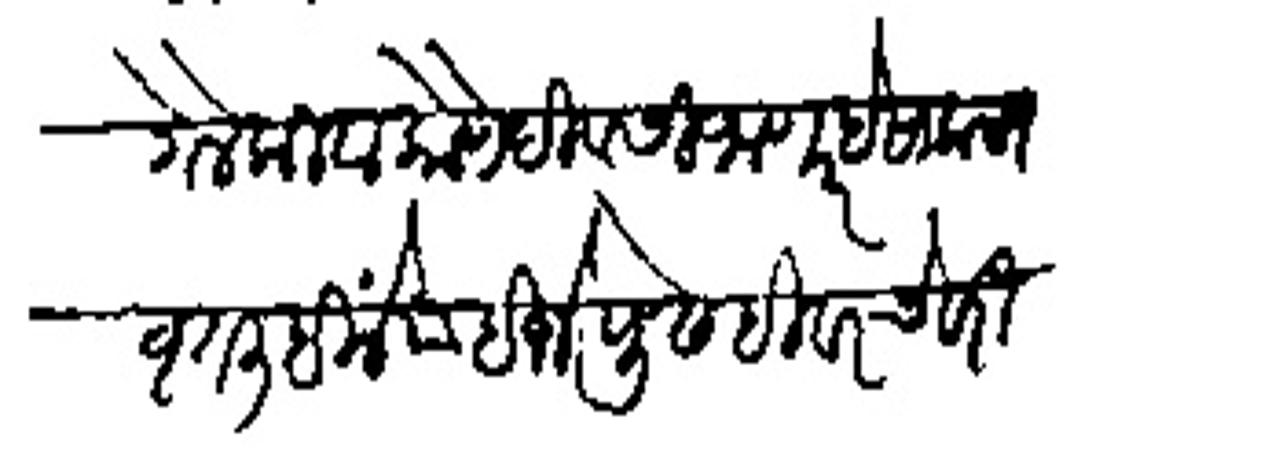
Transliteration (Devanagari): गेले किंवा कोणे दिवसी जाणार हे साकल्यखृत लिहिले पाहिजे पुवेही वरचेवरी